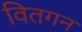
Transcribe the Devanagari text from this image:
वितगन